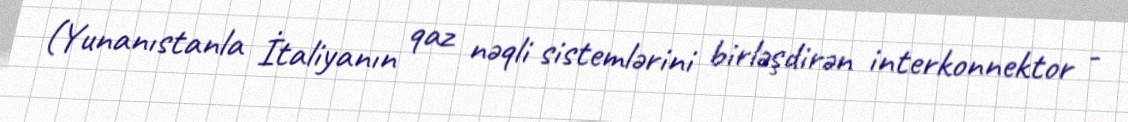
(Yunanıstanla İtaliyanın qaz nəqli sistemlərini birləşdirən interkonnektor -